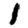
Digit: 1